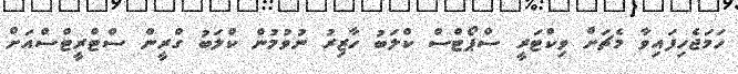
ހަމަޖެހިފައިވާ މެޗަށް ވިކްޓަރީ ސްޕޯޓްސް ކްލަބު ހާޒިރު ނުވުމުން ކްލަބު ގްރީން ސްޓްރީޓްސްއަށް